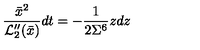
\frac { \bar { x } ^ { 2 } } { { \cal L } _ { 2 } ^ { \prime \prime } ( \bar { x } ) } d t = - \frac { 1 } { 2 \Sigma ^ { 6 } } z d z